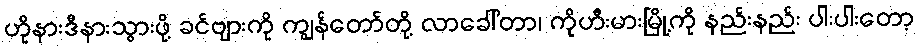
ဟိုနားဒီနားသွားဖို့ ခင်ဗျားကို ကျွန်တော်တို့ လာခေါ်တာ၊ ကိုဟီးမားမြို့ကို နည်းနည်း ပါးပါးတော့